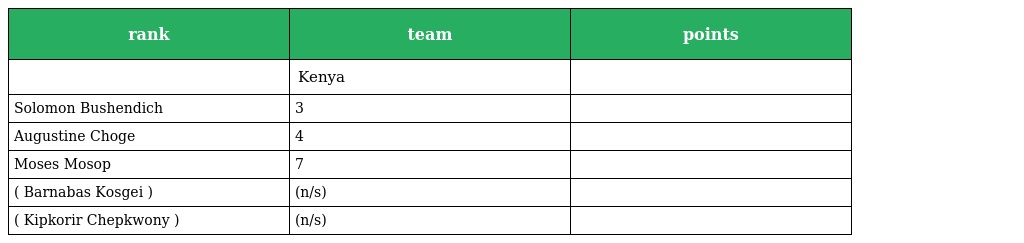
| rank | team | points |
 | --- | --- | --- |
 |  | Kenya |  |
 | Solomon Bushendich | 3 |  |
 | Augustine Choge | 4 |  |
 | Moses Mosop | 7 |  |
 | ( Barnabas Kosgei ) | (n/s) |  |
 | ( Kipkorir Chepkwony ) | (n/s) |  |